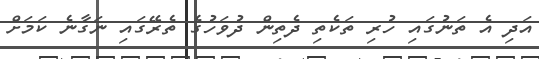
އަދި އެ ތަނުގައި ހުރި ތަކެތި ދެތިން ދުވަހުގެ ތެރޭގައި ނަގާނެ ކަމަށް